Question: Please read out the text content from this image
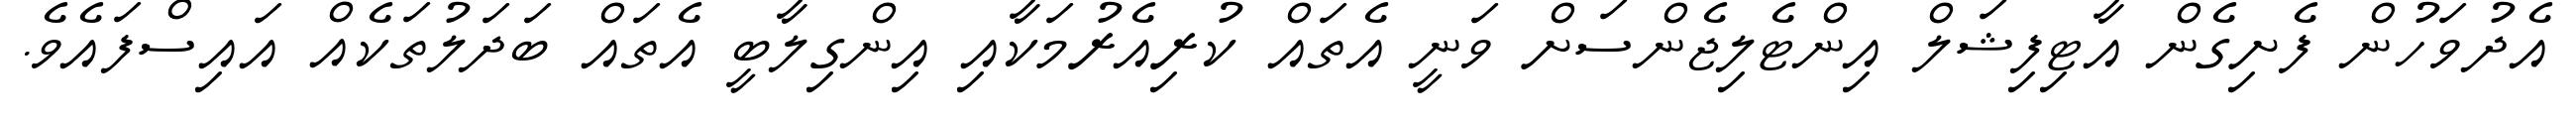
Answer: އެދުވަހުން ފެށިގެން އާޓިފިޝަލް އިންޓެލިޖެންސަށް ވަނީ އެތައް ކުރިއެރުމަކާއި އިންގިލާބީ އެތައް ބަދަލުތަކެއް އައިސްފައެވެ.